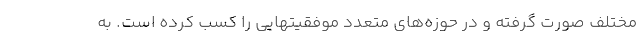
مختلف صورت گرفته و در حوزه‌های متعدد موفقیتهایی را کسب کرده است. به